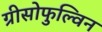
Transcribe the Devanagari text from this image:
ग्रीसोफुल्विन